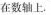
在数轴上。